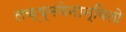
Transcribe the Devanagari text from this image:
लक्ष्मणेनान्वितो